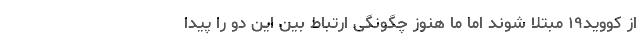
از کووید۱۹ مبتلا شوند اما ما هنوز چگونگی ارتباط بین این دو را پیدا